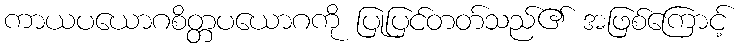
ကာယပယောဂစိတ္တပယောဂကို ပြုပြင်တတ်သည်၏ အဖြစ်ကြောင့်